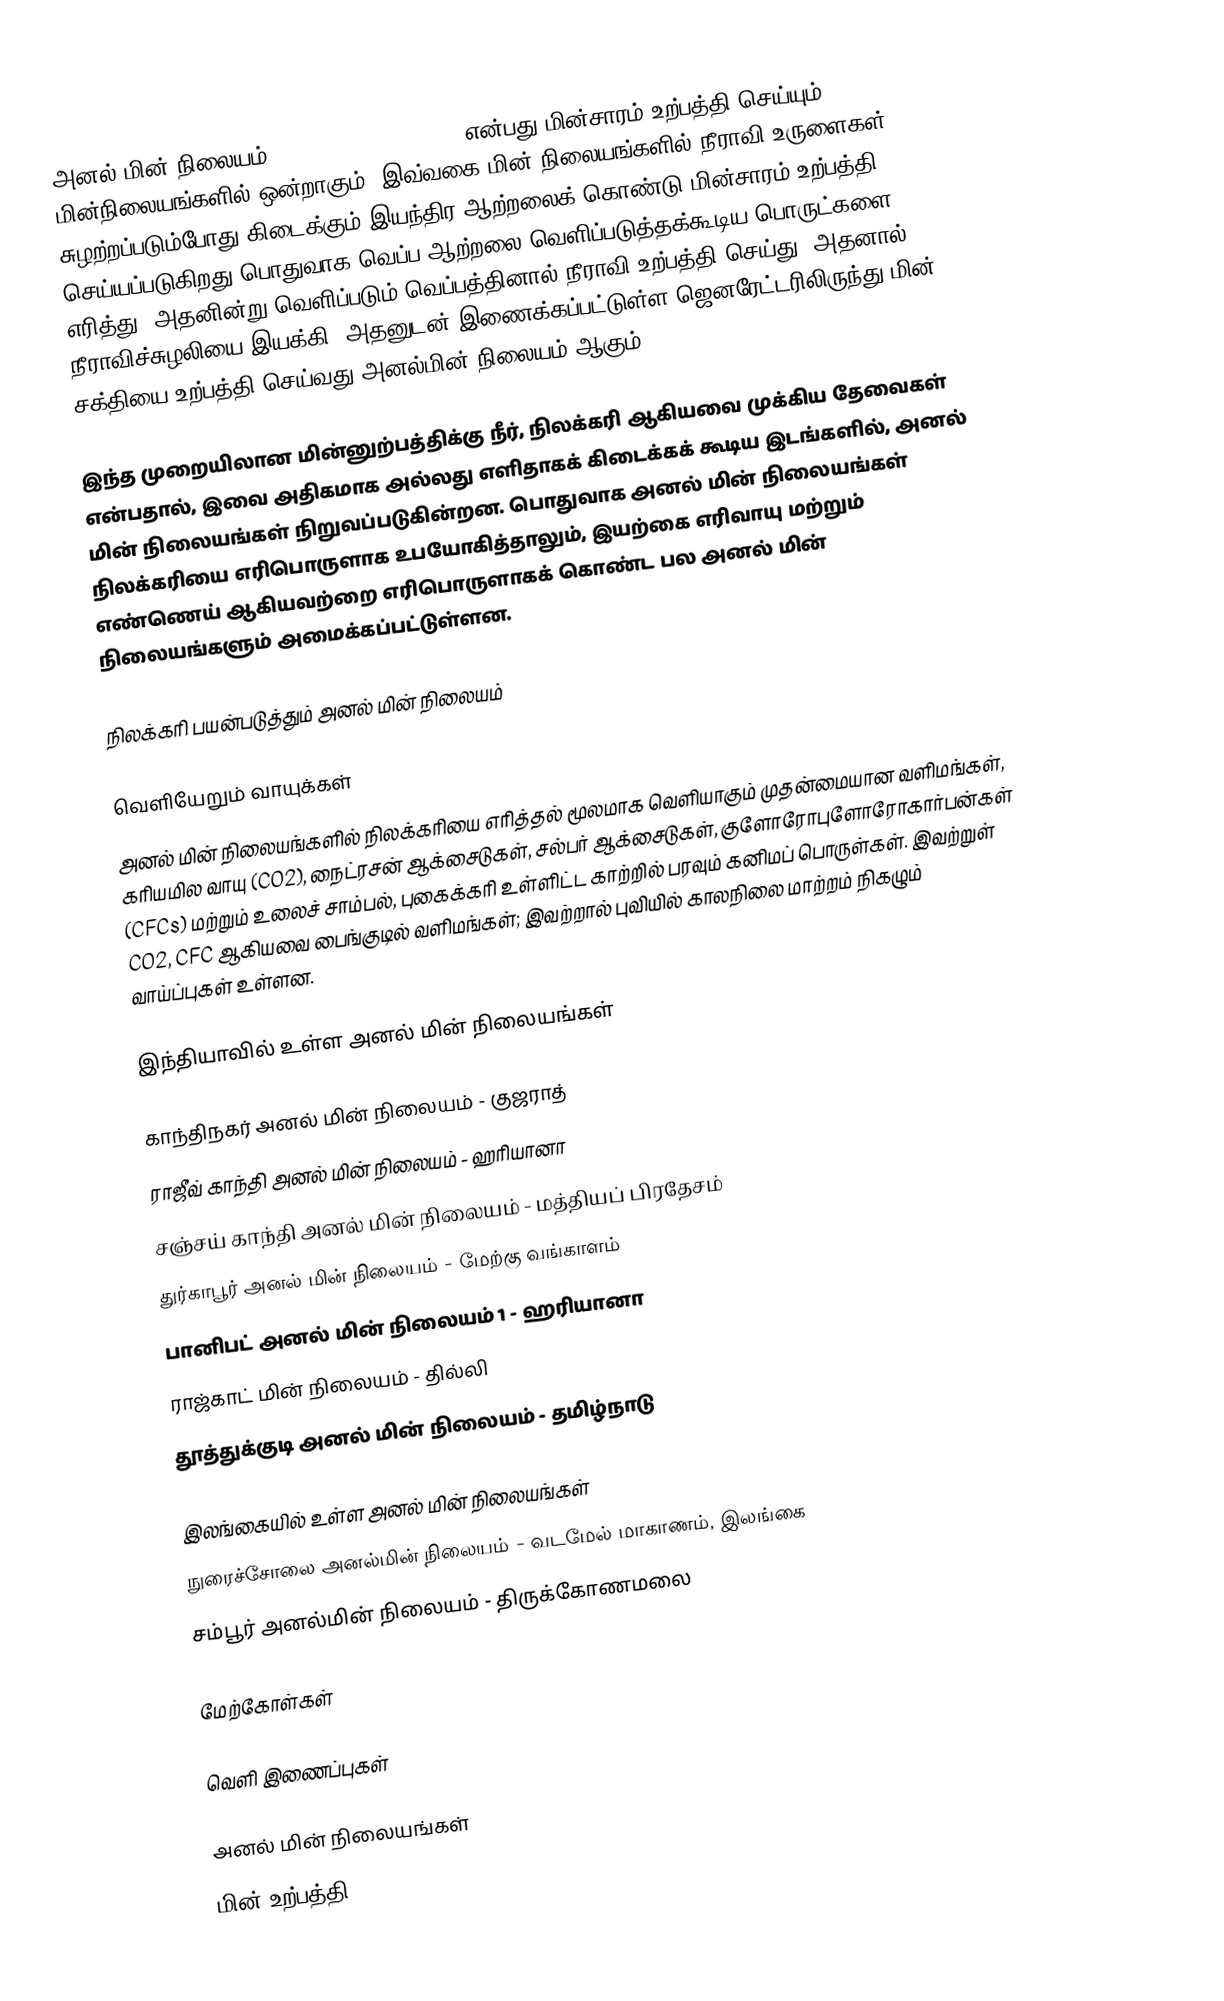
அனல் மின் நிலையம் (Thermal Power Plant) என்பது மின்சாரம் உற்பத்தி செய்யும் மின்நிலையங்களில் ஒன்றாகும். இவ்வகை மின் நிலையங்களில் நீராவி உருளைகள் சுழற்றப்படும்போது கிடைக்கும் இயந்திர ஆற்றலைக் கொண்டு மின்சாரம் உற்பத்தி செய்யப்படுகிறது.பொதுவாக வெப்ப ஆற்றலை வெளிப்படுத்தக்கூடிய பொருட்களை எரித்து, அதனின்று வெளிப்படும் வெப்பத்தினால் நீராவி உற்பத்தி செய்து, அதனால் நீராவிச்சுழலியை இயக்கி, அதனுடன் இணைக்கப்பட்டுள்ள ஜெனரேட்டரிலிருந்து மின் சக்தியை உற்பத்தி செய்வது அனல்மின் நிலையம் ஆகும்.

இந்த முறையிலான மின்னுற்பத்திக்கு நீர், நிலக்கரி ஆகியவை முக்கிய தேவைகள் என்பதால், இவை அதிகமாக அல்லது எளிதாகக் கிடைக்கக் கூடிய இடங்களில், அனல் மின் நிலையங்கள் நிறுவப்படுகின்றன. பொதுவாக அனல் மின் நிலையங்கள் நிலக்கரியை எரிபொருளாக உபயோகித்தாலும், இயற்கை எரிவாயு மற்றும் எண்ணெய் ஆகியவற்றை எரிபொருளாகக் கொண்ட பல அனல் மின் நிலையங்களும் அமைக்கப்பட்டுள்ளன.

நிலக்கரி பயன்படுத்தும் அனல் மின் நிலையம்

வெளியேறும் வாயுக்கள்
அனல் மின் நிலையங்களில் நிலக்கரியை எரித்தல் மூலமாக வெளியாகும் முதன்மையான வளிமங்கள், கரியமில வாயு (CO2), நைட்ரசன் ஆக்சைடுகள், சல்பர் ஆக்சைடுகள், குளோரோபுளோரோகார்பன்கள் (CFCs) மற்றும் உலைச் சாம்பல், புகைக்கரி உள்ளிட்ட காற்றில் பரவும் கனிமப் பொருள்கள். இவற்றுள் CO2, CFC ஆகியவை பைங்குடில் வளிமங்கள்; இவற்றால் புவியில் காலநிலை மாற்றம் நிகழும் வாய்ப்புகள் உள்ளன.

இந்தியாவில் உள்ள அனல் மின் நிலையங்கள்

 காந்திநகர் அனல் மின் நிலையம் - குஜராத்
 ராஜீவ் காந்தி அனல் மின் நிலையம் - ஹரியானா
 சஞ்சய் காந்தி அனல் மின் நிலையம் - மத்தியப் பிரதேசம்
 துர்காபூர் அனல் மின் நிலையம் - மேற்கு வங்காளம்
 பானிபட் அனல் மின் நிலையம் 1 - ஹரியானா
 ராஜ்காட் மின் நிலையம் - தில்லி
 தூத்துக்குடி அனல் மின் நிலையம் - தமிழ்நாடு

இலங்கையில் உள்ள அனல் மின் நிலையங்கள்
 நுரைச்சோலை அனல்மின் நிலையம் - வடமேல் மாகாணம், இலங்கை
 சம்பூர் அனல்மின் நிலையம் - திருக்கோணமலை

மேற்கோள்கள்

வெளி இணைப்புகள்

அனல் மின் நிலையங்கள்
மின் உற்பத்தி